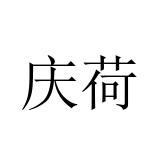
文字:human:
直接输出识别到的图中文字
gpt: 庆荷